Black-water fever - Number 35
Disease focus: Fever
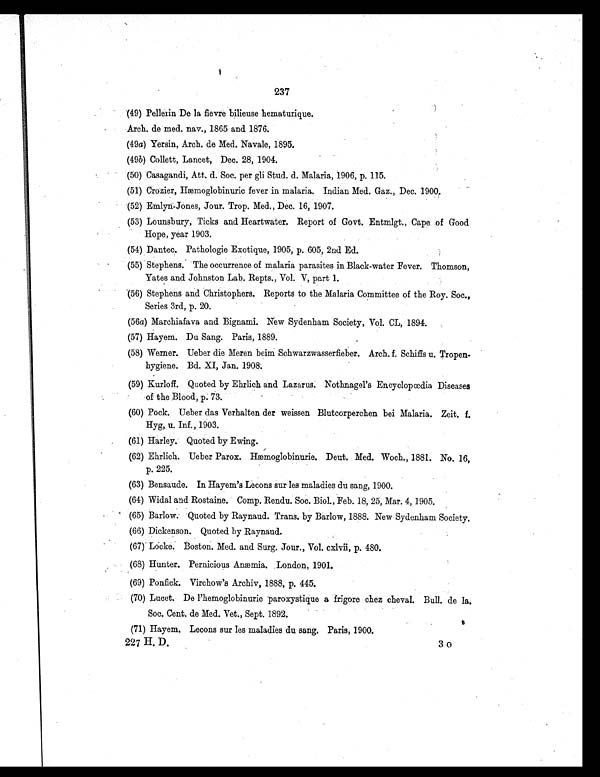
237
(49) Pellerin De la fievre bilieuse hematurique.
Arch. de med. nav., 1865 and 1876.
(49a) Yersin, Arch. de Med. Navale, 1895.
(49b) Collett, Lancet, Dec. 28, 1904.
(50) Casagandi, Att. d. Soc. per gli Stud. d. Malaria, 1906, p. 115.
(51) Crozier, Hæmoglobinuric fever in malaria. Indian Med. Gaz., Dec. 1900.
(52) Emlyn-Jones, Jour. Trop. Med., Dec. 16, 1907.
(53) Lounsbury, Ticks and Heartwater. Report of Govt. Entmlgt., Cape. of Good.
Hope, year 1903.
(54) Dantec. Pathologie Exotique, 1905, p. 605, 2nd Ed.
(55) Stephens. The occurrence of malaria parasites in Black-water Fever. Thomson,
Yates and Johnston Lab. Repts., Vol. V, part 1.
(56) Stephens and Christophers. Reports to the Malaria Committee of the Roy. Soc.,
Series 3rd, p. 20.
(56a) Marchiafava and Bignami. New Sydenham Society, Vol. CL, 1894.
(57) Hayem. Du Sang. Paris, 1889.
(58) Werner. Ueber die Meren beim Schwarzwasserfieber. Arch. f. Schiffs u. Tropen.
hygiene. Bd. XI, Jan. 1908.
(59) Kurloff. Quoted by Ehrlich and Lazarus. Nothnagel's Encyclopœdia Diseases
of the Blood, p. 73.
(60) Pock. Ueber das Verhalten der weissen Blutcorperchen bei Malaria. Zeit. f.
Hyg, u. Inf., 1903.
(61) Harley. Quoted by Ewing.
(62) Ehrlich. Ueber Parox. Hæmoglobinurie. Deut. Med. Woch., 1881. No. 16,
p. 225.
(63) Bensaude. In Hayem's Lecons sur les maladies du sang, 1900.
(64) Widal and Rostaine. Comp. Rendu. Soc. Biol., Feb. 18, 25, Mar. 4, 1905.
(65) Barlow. Quoted by Raynaud. Trans. by Barlow, 1888. New Sydenham Society.
(66) Dickenson. Quoted by Raynaud.
(67) Locke. Boston. Med. and Surg. Jour., Vol. cxlvii, p. 480.
(68) Hunter. Pernicious Anæmia. London, 1901.
(69) Ponfick. Virchow's Archiv, 1888, p. 445.
(70) Lucet. De l'hemoglobinurie paroxystique a frigore chez cheval. Bull. de la.
Soc. Cent. de Med. Vet., Sept. 1892.
(71) Hayem. Lecons sur les maladies du sang. Paris, 1900.
227 H. D.
30